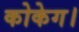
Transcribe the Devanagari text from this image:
कोकेग।